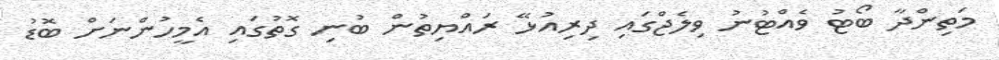
މަތިންދާ ބޯޓު ވެއްޓުނު ވިލެޖްގައި ދިރިއުޅޭ ރައްޔިތުން ބުނި ގޮތުގައި އެމީހުންނަށް ބޮޑު